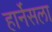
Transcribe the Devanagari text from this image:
हार्नेसला